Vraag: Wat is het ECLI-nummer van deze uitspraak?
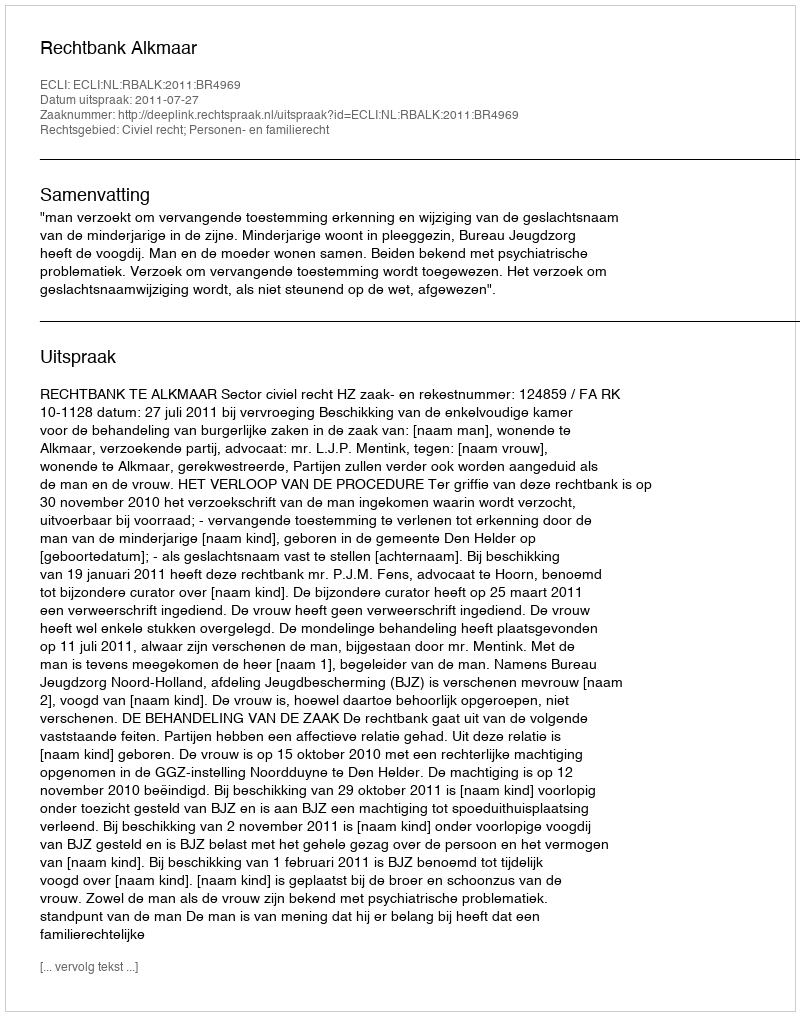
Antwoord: ECLI:NL:RBALK:2011:BR4969